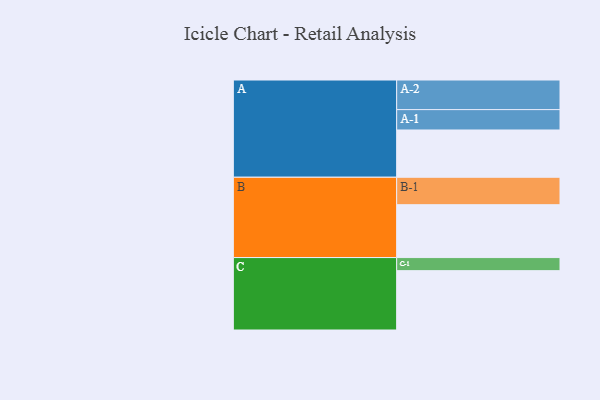
{"axis": {"x": "Segment", "y": "Value"}, "legend": ["", "A", "B", "C"], "data": [{"x": "A", "y": 455, "type": ""}, {"x": "B", "y": 509, "type": ""}, {"x": "C", "y": 571, "type": ""}, {"x": "A-1", "y": 196, "type": "A"}, {"x": "A-2", "y": 285, "type": "A"}, {"x": "B-1", "y": 264, "type": "B"}, {"x": "C-1", "y": 126, "type": "C"}]}